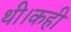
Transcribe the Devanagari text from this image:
थी।कही